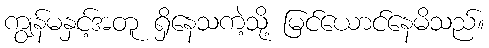
ကျွန်မနှင့်အတူ ရှိနေသကဲ့သို့ မြင်ယောင်နေမိသည်။